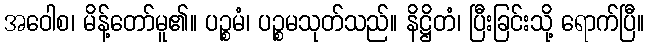
အဝေါစ၊ မိန့်တော်မူ၏။ ပဉ္စမံ၊ ပဉ္စမသုတ်သည်။ နိဋ္ဌိတံ၊ ပြီးခြင်းသို့ ရောက်ပြီ။